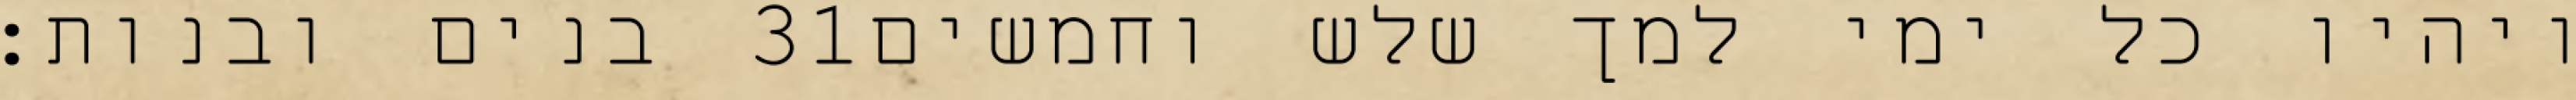
בנים ובנות׃ ‎31‏ ויהיו כל ימי למך שלש וחמשים